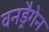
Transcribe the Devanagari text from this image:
वनड्रैगेन